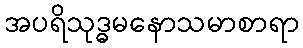
အပရိသုဒ္ဓမနောသမာစာရာ